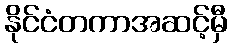
နိုင်ငံတကာအဆင့်မှီ